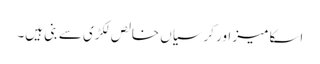
اسکا میز اور کرسیاں خالص لکڑی سے بنی ہیں۔